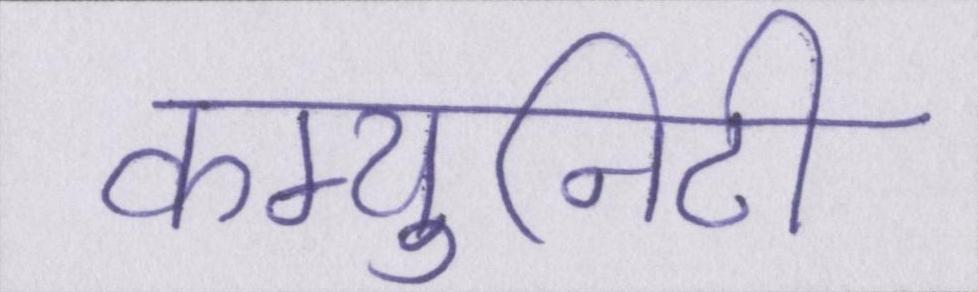
कम्युनिटी